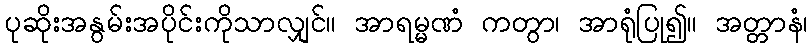
ပုဆိုးအနွမ်းအပိုင်းကိုသာလျှင်။ အာရမ္မဏံ ကတွာ၊ အာရုံပြု၍။ အတ္တာနံ၊